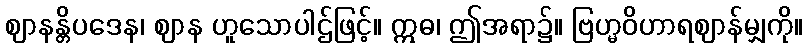
ဈာနန္တိပဒေန၊ ဈာန ဟူသောပါဌ်ဖြင့်။ ဣဓ၊ ဤအရာ၌။ ဗြဟ္မဝိဟာရဈာန်မျှကို။